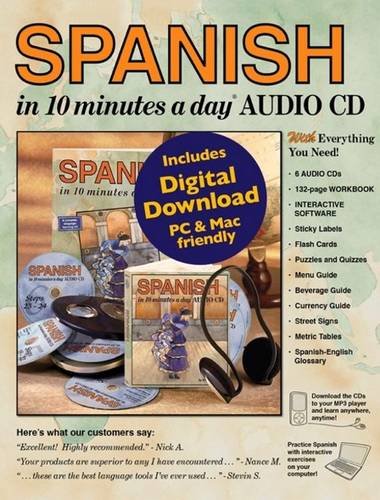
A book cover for SPANISH in 10 minutes a dayÂ® AUDIO CD; Kristine K. Kershul; Reference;